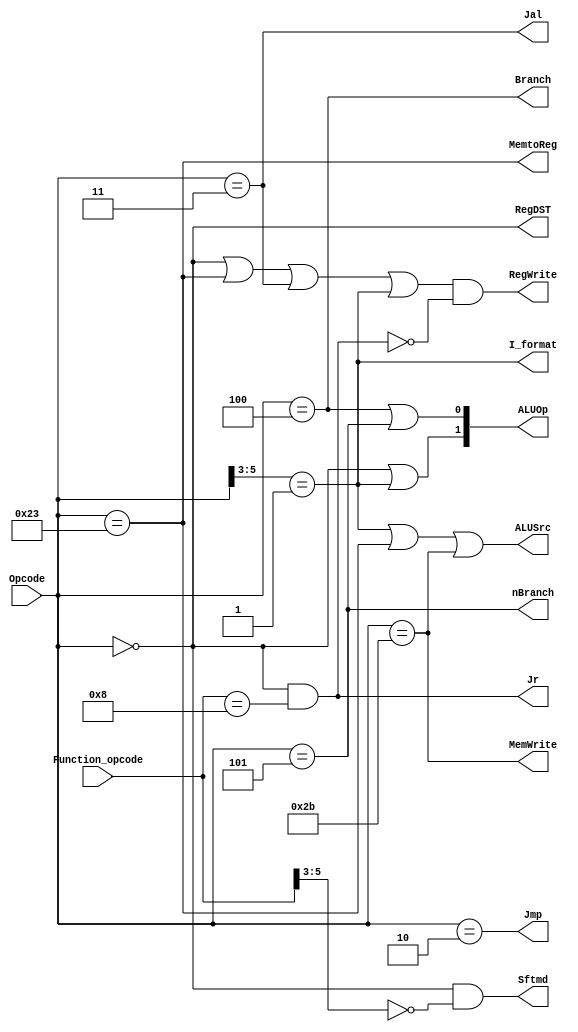
`timescale 1ns / 1ps

module control32(Opcode, Function_opcode, Jr, RegDST, ALUSrc, MemtoReg, RegWrite, MemWrite, Branch, nBranch, Jmp, Jal, I_format, Sftmd, ALUOp);
    input[5:0]   Opcode;            // IFetch6bit, instruction[31..26]
    input[5:0]   Function_opcode;  	// IFetch6bit, r-, instructions[5..0]
    output       Jr;         	 // 1jr, 0jr
    output       RegDST;          // 1rd, rt
    output       ALUSrc;          // 1ALUBinputbeq, bne, 0
    output       MemtoReg;     // 1I/O
    output       RegWrite;   	  // 1
    output       MemWrite;       // 1
    output       Branch;        // 1beq, 0beq
    output       nBranch;       // 1Bne, 0bne
    output       Jmp;            // 1J, 0J
    output       Jal;            // 1Jal, 0Jal
    output       I_format;      // 1beq, bne, LW, SWI-
    output       Sftmd;         // 1, 0
    output[1:0]  ALUOp;        // R-I_format=11bit1,  beqbne0bit1

    wire R_format, Lw, Sw, Beq, Bne;

    assign R_format = Opcode == 6'b000000;
    assign I_format = Opcode[5:3] == 3'b001;

    assign Beq = Opcode == 6'b000100;
    assign Bne = Opcode == 6'b000101;

    assign Lw = Opcode == 6'b100011;
    assign Sw = Opcode == 6'b101011;

    assign Jr = Opcode == 6'b000000 && Function_opcode == 6'b001000;
    assign Jal = Opcode == 6'b000011;

    assign RegDST = R_format; // R-format
    assign ALUSrc = I_format || Lw || Sw; // I-format

    assign MemtoReg = Lw;
    assign RegWrite = (R_format || Lw || Jal || I_format) && (!Jr);
    assign MemWrite = Sw;

    assign Branch = Beq;
    assign nBranch = Bne;

    assign Jmp = Opcode == 6'b000010;

    assign Sftmd = R_format && Function_opcode[5:3] == 3'b000;

    assign ALUOp = {R_format || I_format, Branch || nBranch};

endmodule